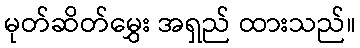
မုတ်ဆိတ်မွှေး အရှည် ထားသည်။